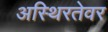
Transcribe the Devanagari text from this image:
अस्थिरतेवर